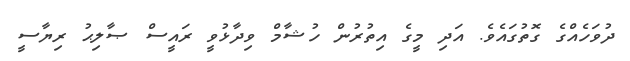
ދުވަހެއްގެ ގޮތުގައެވެ. އަދި މީގެ އިތުރުން ހުޝާމް ވިދާޅުވީ ރައީސް ޞާލިޙު ރިޔާސީ